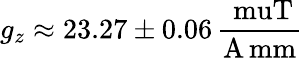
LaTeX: g_{z}\approx 23.27\pm 0.06\, \frac{\mathrm{\ muT}}{{\mathrm{A\, mm}}}